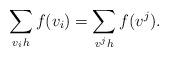
LaTeX: \begin{align*}\sum_{v_i h}f(v_i)=\sum_{v^j h}f(v^j).\end{align*}